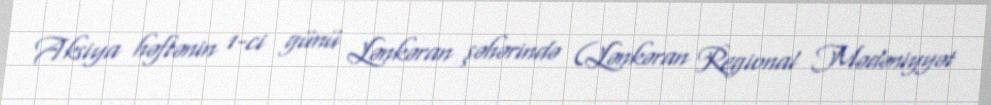
Aksiya həftənin 1-ci günü Lənkəran şəhərində (Lənkəran Regional Mədəniyyət